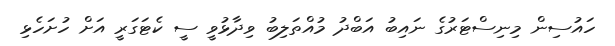
ހައުސިން މިނިސްޓަރުގެ ނައިބު އަބްދު މުއްތަލިބު ވިދާޅުވީ ސީ ކެޓަގަރީ އަށް ހުށަހެޅި